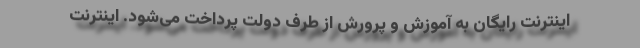
اینترنت رایگان به آموزش و پرورش از طرف دولت پرداخت می‌شود. اینترنت